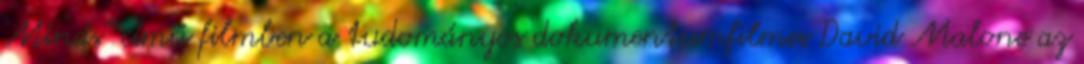
Minds" című filmben a tudományos dokumentumfilmes David Malone az